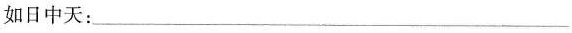
如日中天：___